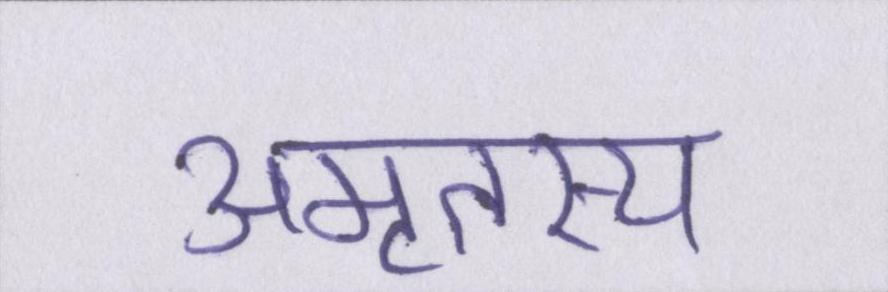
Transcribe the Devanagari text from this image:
अमृतस्य